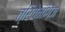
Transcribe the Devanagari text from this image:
त्रिवेनीगंज